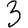
Digit: 3